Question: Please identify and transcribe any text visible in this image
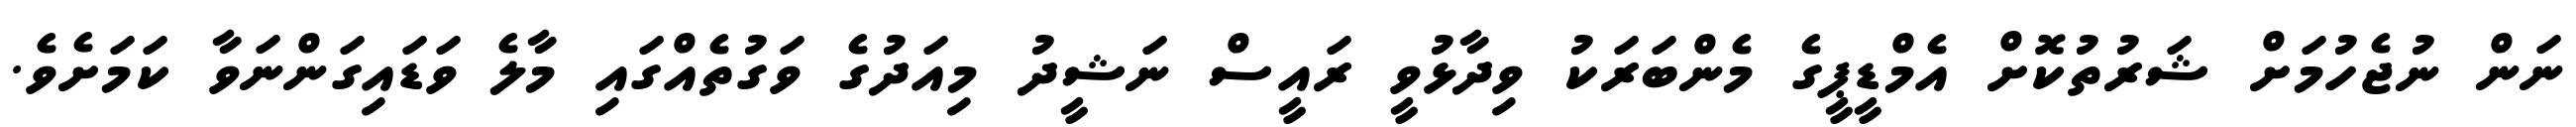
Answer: ނަން ނުޖެހުމަށް ޝަރުތުކޮށް އެމްޑީޕީގެ މެންބަރަކު ވިދާޅުވީ ރައީސް ނަޝީދު މިއަދުގެ ވަގުތެއްގައި މާލެ ވަޑައިގަންނަވާ ކަމަށެވެ.